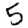
Digit: 5